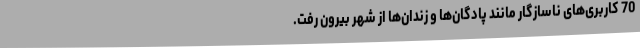
70 کاربری‌های ناسازگار مانند پادگان‌ها و زندان‌ها از شهر بیرون رفت.